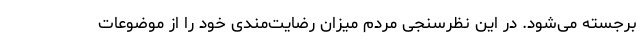
برجسته می‌شود. در این نظرسنجی مردم میزان رضایت‌مندی خود را از موضوعات